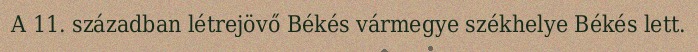
A 11. században létrejövő Békés vármegye székhelye Békés lett.